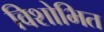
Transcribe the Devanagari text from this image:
विशोभित